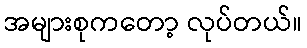
အများစုကတော့ လုပ်တယ်။